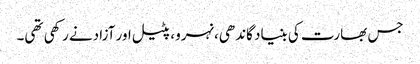
جس بھارت کی بنیاد گاندھی،نہرو، پٹیل اور آزادنے رکھی تھی۔